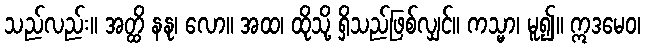
သည်လည်း။ အတ္ထိ နနု၊ လော။ အထ၊ ထိုသို့ ရှိသည်ဖြစ်လျှင်။ ကသ္မာ၊ မူ၍။ ဣဒမေဝ၊